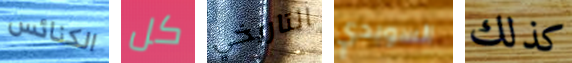
الكنائس كل التاريخي السويدي كذلك